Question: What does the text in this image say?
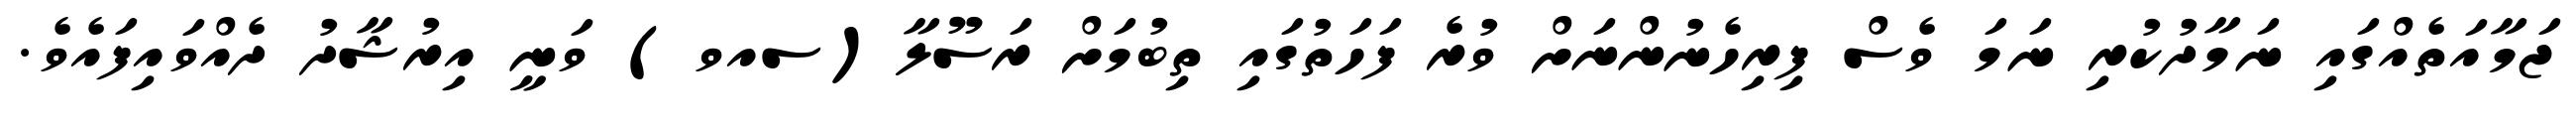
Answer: ޖަމާއަތެއްގައި ނަމާދުކުރި ނަމަ ވެސް ފިރިހެނުންނަށް ވުރެ ފަހަތުގައި ތިބުމަށް ރަސޫލާ(ސއވ) ވަނީ އިރުޝާދު ދެއްވައިފައެވެ.